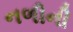
નળીની